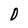
Character: 0